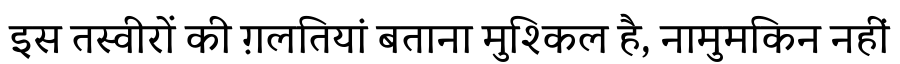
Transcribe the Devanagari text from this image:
इस तस्वीरों की ग़लतियां बताना मुश्किल है, नामुमकिन नहीं